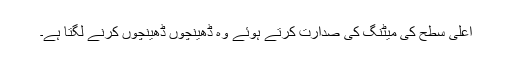
اعلیٰ سطح کی میٹنگ کی صدارت کرتے ہوئے وہ ڈھینچوں ڈھینچوں کرنے لگتا ہے۔